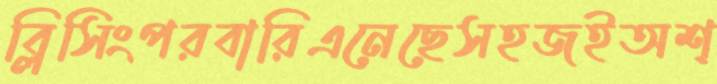
ব্লিসিংপরবারিএনেছেসহজইঅশ্